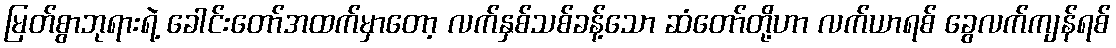
မြတ်စွာဘုရားရဲ့ ခေါင်းတော်အထက်မှာတော့ လက်နှစ်သစ်ခန့်သော ဆံတော်တို့ဟာ လက်ယာရစ် ခွေလက်ကျန်ရစ်